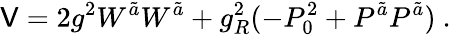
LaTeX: \mathsf{V}=2g^{2}W^{\tilde{{a}}}W^{\tilde{{a}}}+g_{R}^{2}(-P_{0}^{2}+P^{\tilde{{a}}}P^{\tilde{{a}}})\ .